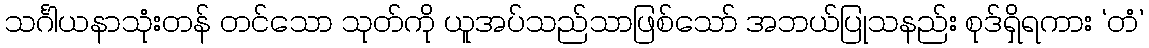
သင်္ဂါယနာသုံးတန် တင်သော သုတ်ကို ယူအပ်သည်သာဖြစ်သော် အဘယ်ပြုသနည်း စုဒ်ရှိရကား ‘တံ’